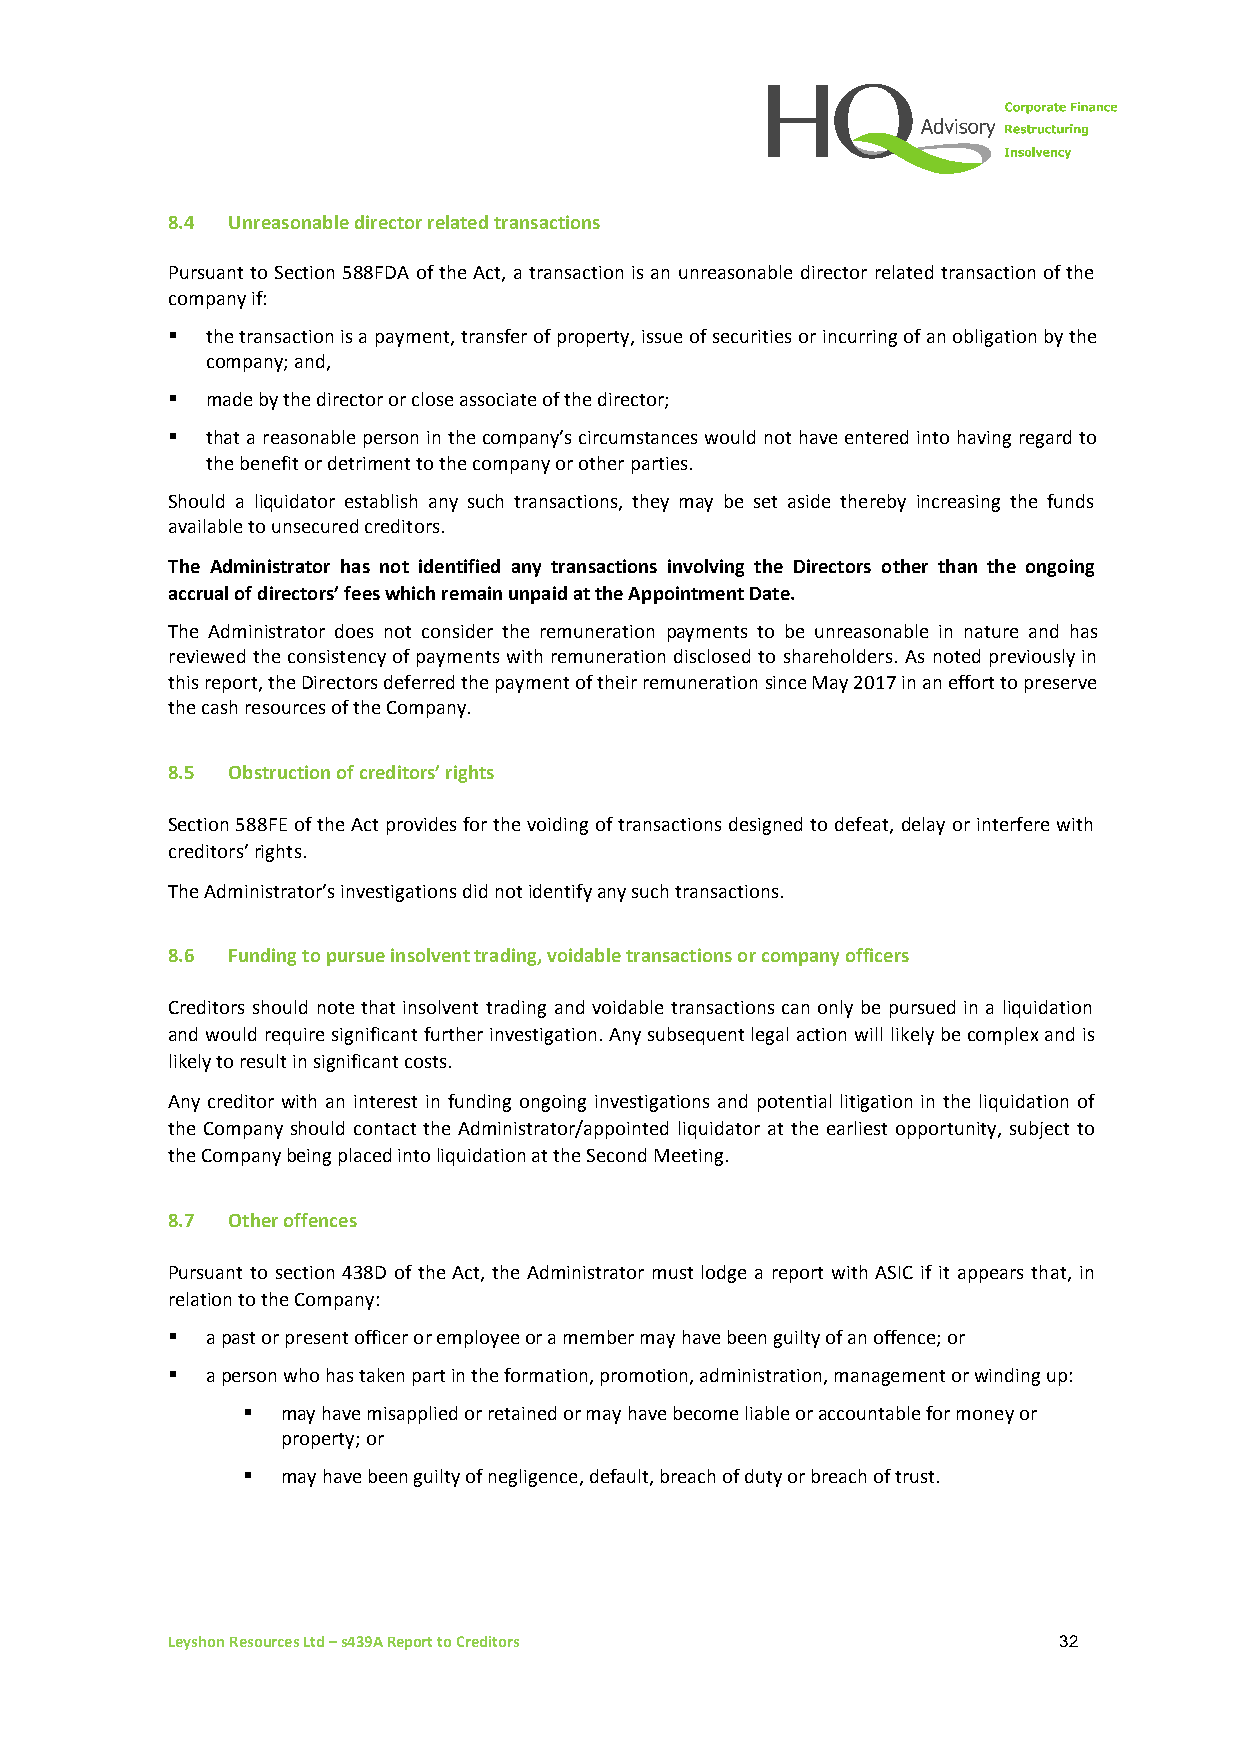
8.4 Unreasonable director related transactions
 Pursuant to Section 588FDA of the Act, a transaction is an unreasonable director related transaction of the
 company if:
 ▪  the transaction is a payment, transfer of property, issue of securities or incurring of an obligation by the
 company; and,
 ▪  made by the director or close associate of the director;
 ▪  that a reasonable person in the company’s circumstances would not have entered into having regard to
 the benefit or detriment to the company or other parties.
 Should a liquidator establish any such transactions, they may be set aside thereby increasing the funds
 available to unsecured creditors.
 The Administrator has not identified any transactions involving the Directors other than the ongoing
 accrual of directors’ fees which remain unpaid at the Appointment Date.
 The Administrator does not consider the remuneration payments to be unreasonable in nature and has
 reviewed the consistency of payments with remuneration disclosed to shareholders. As noted previously in
 this report, the Directors deferred the payment of their remuneration since May 2017 in an effort to preserve
 the cash resources of the Company.
 8.5 Obstruction of creditors’ rights
 Section 588FE of the Act provides for the voiding of transactions designed to defeat, delay or interfere with
 creditors’ rights.
 The Administrator’s investigations did not identify any such transactions.
 8.6 Funding to pursue insolvent trading, voidable transactions or company officers
 Creditors should note that insolvent trading and voidable transactions can only be pursued in a liquidation
 and would require significant further investigation. Any subsequent legal action will likely be complex and is
 likely to result in significant costs.
 Any creditor with an interest in funding ongoing investigations and potential litigation in the liquidation of
 the Company should contact the Administrator/appointed liquidator at the earliest opportunity, subject to
 the Company being placed into liquidation at the Second Meeting.
 8.7 Other offences
 Pursuant to section 438D of the Act, the Administrator must lodge a report with ASIC if it appears that, in
 relation to the Company:
 ▪  a past or present officer or employee or a member may have been guilty of an offence; or
 ▪  a person who has taken part in the formation, promotion, administration, management or winding up:
 ▪  may have misapplied or retained or may have become liable or accountable for money or
 property; or
 ▪  may have been guilty of negligence, default, breach of duty or breach of trust.
 Leyshon Resources Ltd – s439A Report to Creditors          32